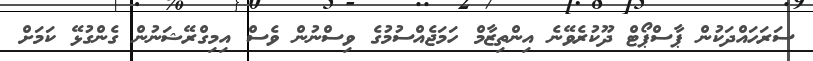
ސަރަހައްދަކުން ޕާސްޕޯޓް ދޫކުރެވޭނެ އިންތިޒާމް ހަމަޖެއްސުމުގެ ވިސްނުން ވެސް އިމިގްރޭޝަނުން ގެންގުޅޭ ކަމަށް